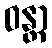
ဝန္တာ